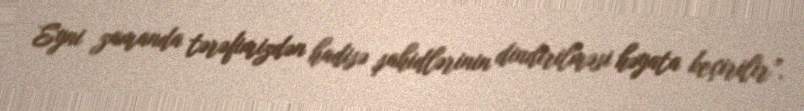
Eyni zamanda tərəfimizdən hadisə şahidlərinin dindirilməsi həyata keçirilir”.